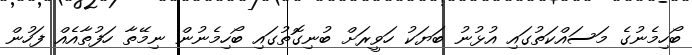
ބޯހިމެނުގެ މަސައްކަތުގައި އުޅުނު ބަޔަކު ހަވީރަށް ބުނިގޮތުގައި ބޯހިމެނުން ނިމޭތާ ހަފުތާއެއް ފަހުން